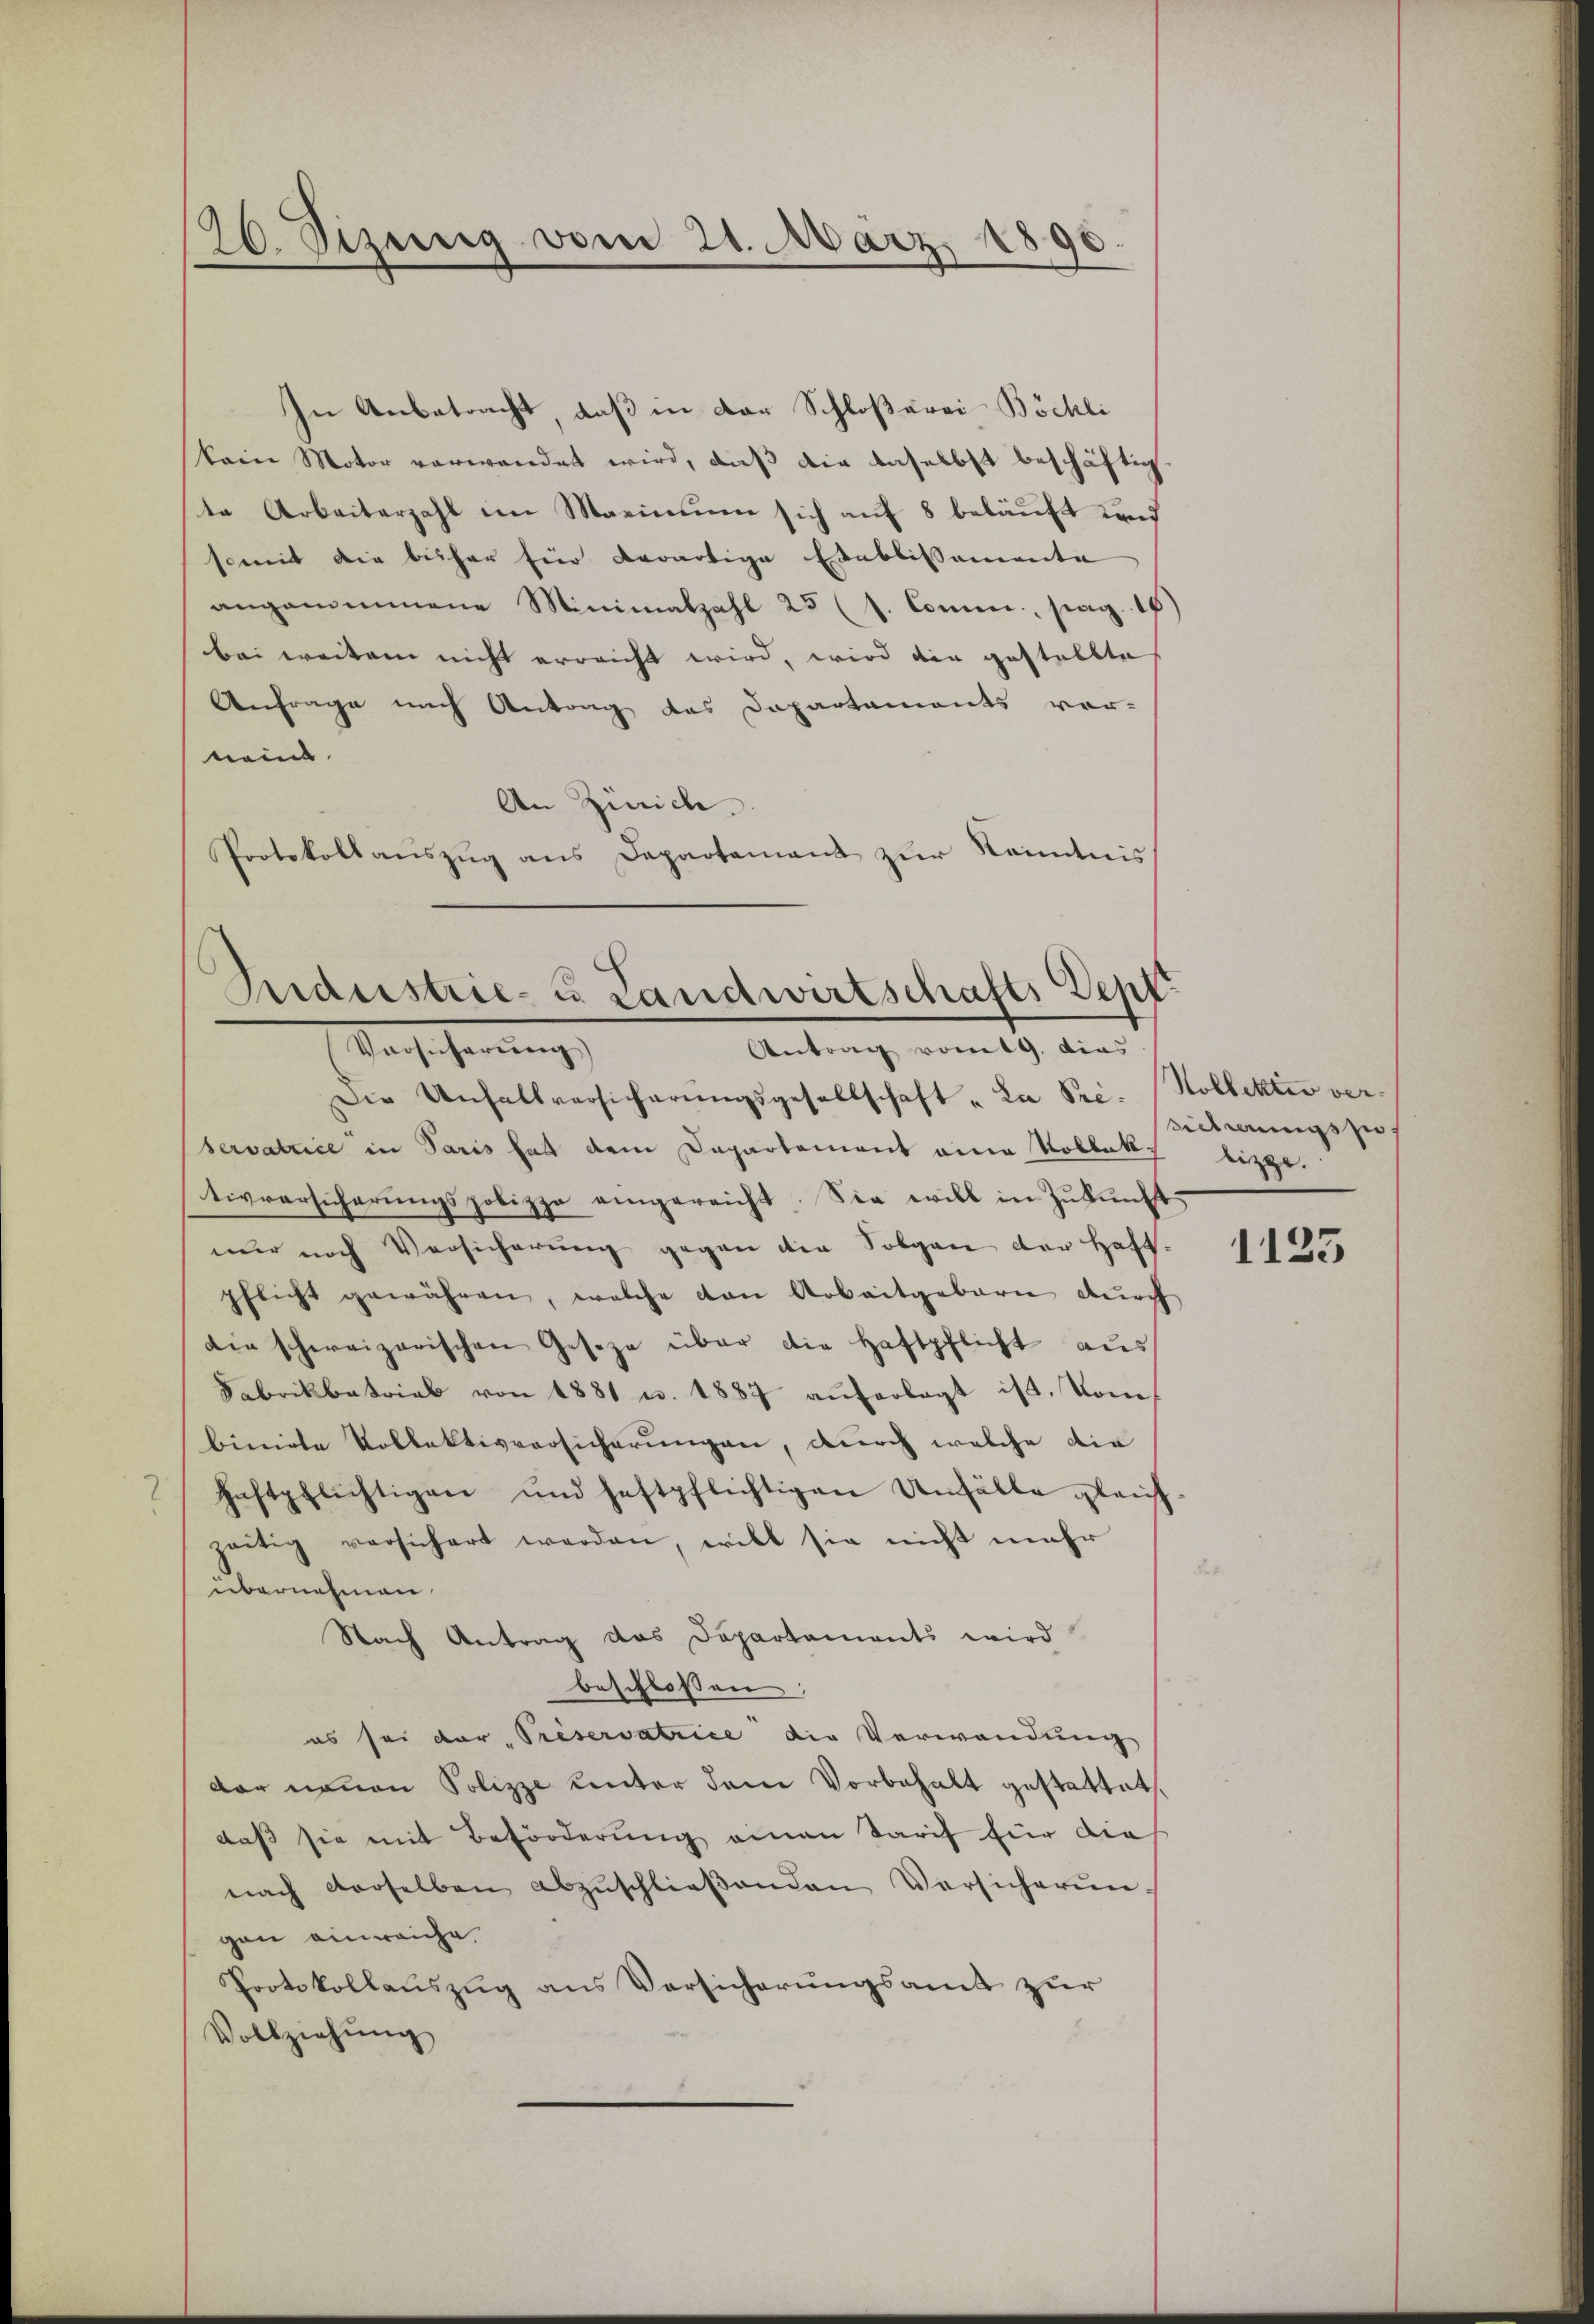
26. Sizung vom 21. März 1890.

In Anbetracht, daß in der Schloßerei- Böchli
koin Motor verwendet wird, daß die daselbst beschäftig
te Arbeiterzahl im Marinium sich auf 8 beläuft und
somit die bisher für derartige Etablissemente
angenommene Minimalzahl 25 (s. Comm, pag. 15ten
bei weitem nicht erreicht wird, wird die gestellte
Anfrage nach Antrag des Dapartaments vor-
nein
An Zürich
Protokollaŭszŭg ans Departement zŭr Kenntnis

Industrie- u. Landwirtschafts Sept.
Antrag vom 19. dies
Vorsicherŭng

Die Unfallversicherŭngsgesellschaft „La Se. Kollektiv verservatice in Paris hat dem Departement eine Rollekt liege.
tivversicherŭngspolizzo eingereicht. Sie will in Zŭkŭnft
nur noch Versicherung gegen die Folgen der Haft.
pflicht gewähren, welche von Arbeitgeboren dŭrch
die schweizerischen Gesetze über die Haftpflicht aus
Fabrikbetrieb von 1881 u. 1887 auferlegt ist, kombinirte Kollektivversicherungen, durch welche die
aftpflichtigen und festpflichtigen Unfälle gleich-
zeitig versichert werden, will sie nicht mehr
übernehmen.
Nach Antrag das Departaments wird
beschlossen:
es sei der, Preservatrice die Verwendung
der neuen Polizze unter dem Vorbehalt gestattet,
daß sie mit Beförderung einen Tarif für die
nach derselben abzŭschlieβenden Versicherŭn-
gen einreiche
Protokollauszug aus Versicherungsamt zur
Vollziehŭng

sicherungspo

1125